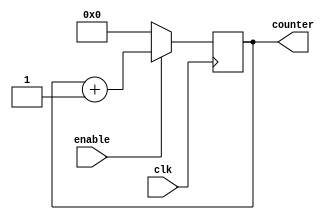
module RingCounter (
    input wire clk,
    input wire enable,
    output reg [3:0] counter
);

always @ (posedge clk) begin
    if (enable) begin
        counter <= counter + 1;
    end else begin
        counter <= 4'b0000;
    end
end

endmodule